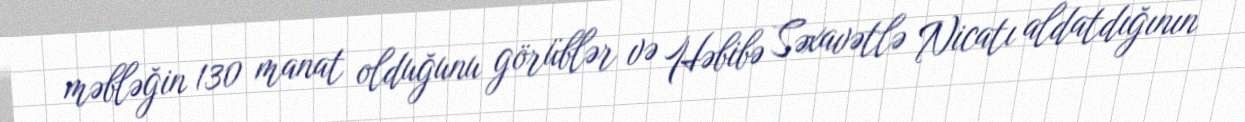
məbləğin 130 manat olduğunu görüblər və Həbibə Səxavətlə Nicatı aldatdığının